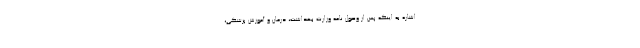
اشاره به اینکه پس از وصول نامه وزارت بهداشت، درمان و آموزش پزشکی،